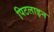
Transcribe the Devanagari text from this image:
पिटलाइन